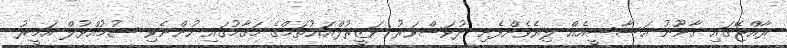
ރާއްޖޭގައި ޤާނޫނު އަސާސީއެއް ލިޔެވެންފެށި ދުވަސްވަރު ވަޒީރުލްއަޢުޡަމްގެ މަޤާމުގައި ހުންނެވި ސުމުއްވުލް އަމީރު